Notes on vaccination in the North-West Frontier Province 1923-1928 - 1923-1928
Year: 1923
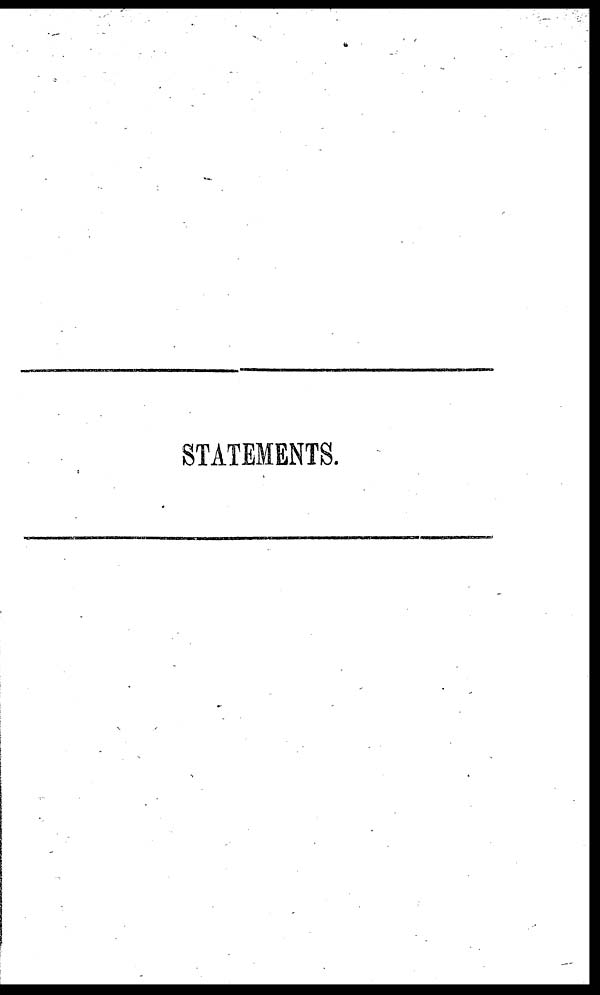
STATEMENTS.